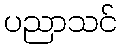
ပညာသင်